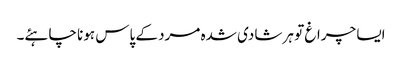
ایسا چراغ تو ہر شادی شدہ مرد کے پاس ہونا چاہئے۔